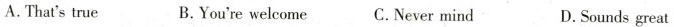
A.That's true B.You're welcome C. Never mind D.Sounds great